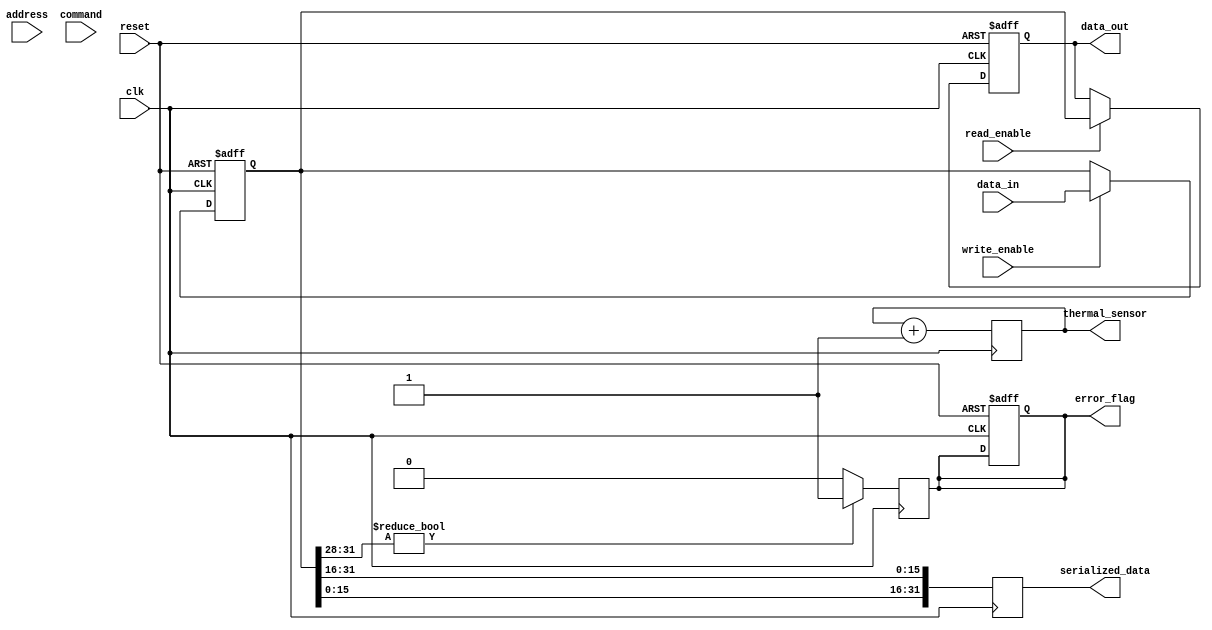
module IO_Block (
    input wire clk,
    input wire reset,
    input wire [31:0] data_in,
    output reg [31:0] data_out,
    input wire [15:0] address,
    input wire read_enable,
    input wire write_enable,
    input wire [3:0] command,
    output reg error_flag,
    output reg [31:0] serialized_data,
    output reg [7:0] thermal_sensor
);

// Parameters
parameter IDLE = 4'b0000;
parameter READ = 4'b0001;
parameter WRITE = 4'b0010;
parameter REFRESH = 4'b0011;

// Internal signals
reg [31:0] data_buffer;
reg [3:0] state;
reg [31:0] data_ecc; // Placeholder for ECC data

// Data Input/Output Buffers
always @(posedge clk or posedge reset) begin
    if (reset) begin
        data_buffer <= 32'b0;
        data_out <= 32'b0;
    end else begin
        if (write_enable) begin
            data_buffer <= data_in; // Write data to buffer
            // ECC encoding can be implemented here
        end
        if (read_enable) begin
            data_out <= data_buffer; // Read data from buffer
            // ECC decoding can be implemented here
        end
    end
end

// Address Decoder
always @(posedge clk or posedge reset) begin
    if (reset) begin
        // Reset logic
    end else begin
        // Decode address and select memory cells (simplified)
        // Implement multi-level decoding here
    end
end

// Command Interface
always @(posedge clk or posedge reset) begin
    if (reset) begin
        state <= IDLE;
        error_flag <= 1'b0;
    end else begin
        case (command)
            READ: begin
                state <= READ;
                // Trigger read operation
            end
            WRITE: begin
                state <= WRITE;
                // Trigger write operation
            end
            REFRESH: begin
                // Handle refresh command
            end
            default: state <= IDLE;
        endcase
    end
end

// Clock Management (simplified)
always @(posedge clk) begin
    // Implement clock gating and PLL logic here
end

// Data Alignment and Serialization
always @(posedge clk) begin
    // Simple serialization example
    serialized_data <= {data_buffer[15:0], data_buffer[31:16]};
end

// Error Detection and Correction (EDC)
always @(posedge clk) begin
    // Simple error detection placeholder
    if (data_buffer[31:28] != 4'b0000) begin
        error_flag <= 1'b1; // Error detected
    end else begin
        error_flag <= 1'b0;
    end
end

// Power Management (simplified)
always @(posedge clk) begin
    // Implement power management logic here
end

// Thermal Management (simplified)
always @(posedge clk) begin
    // Simulate thermal sensor reading
    thermal_sensor <= thermal_sensor + 1; // Placeholder logic
end

endmodule